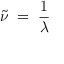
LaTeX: { \tilde { \nu } } \; = \; { \frac { 1 } { \lambda } }